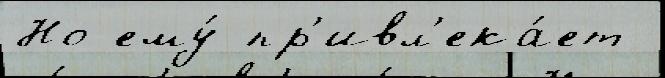
Но ему́ пр'ивл'ека́ет